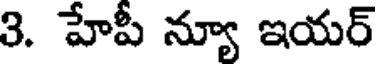
3. హేపీ న్యూ ఇయర్